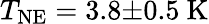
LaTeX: T_{\mathrm{NE}}=3.8{\pm}0.5\ \mathrm{K}